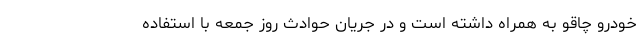
خودرو چاقو به همراه داشته است و در جریان حوادث روز جمعه با استفاده